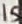
Text: 15